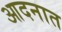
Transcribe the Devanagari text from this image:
आदनात